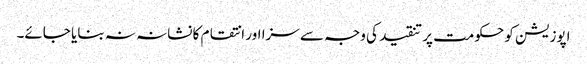
اپوزیشن کو حکومت پر تنقید کی وجہ سے سزا اور انتقام کا نشانہ نہ بنایا جائے۔